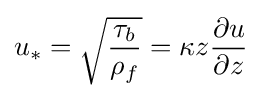
u_{*}={\sqrt {\frac {\tau _{b}}{\rho _{f}}}}=\kappa z{\frac {\partial u}{\partial z}}